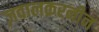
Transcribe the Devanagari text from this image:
ज़वालक़रनीन